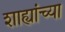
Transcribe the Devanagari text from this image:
शाह्यांच्या